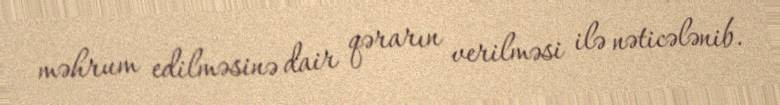
məhrum edilməsinə dair qərarın verilməsi ilə nəticələnib.